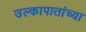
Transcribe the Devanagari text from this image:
उल्कापातांच्या